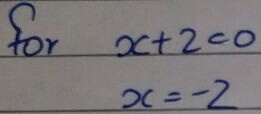
for
\[
\begin{align*}
x + 2&=0\\
x&=-2
\end{align*}
\]